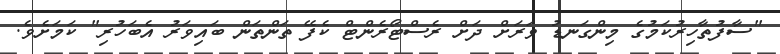
"ސާފުތާހިރުކަމުގެ މިންގަނޑު ވަރަށް ދަށް ރެސްޓޯރެންޓް ކެފޭ ތަންތަން ބައިވަރު އެބަހުރި" ކަމަށެވެ.